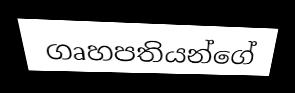
ගෘහපතියන්ගේ